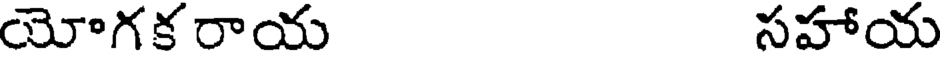
యోగక రాయ సహాయ